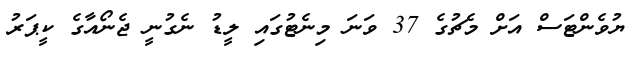
ޔުވެންޓަސް އަށް މެޗުގެ 37 ވަނަ މިނެޓުގައި ލީޑު ނެގުނީ ޖެނޯއާގެ ކީޕަރު